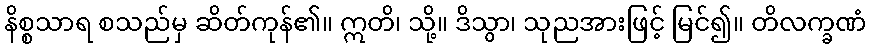
နိစ္စသာရ စသည်မှ ဆိတ်ကုန်၏။ ဣတိ၊ သို့။ ဒိသွာ၊ သုညအားဖြင့် မြင်၍။ တိလက္ခဏံ